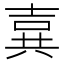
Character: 𪞉